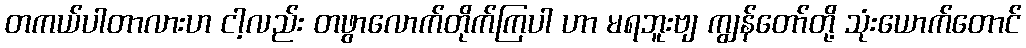
တကယ်ပါတာလားဟ ငါ့လည်း တဖွာလောက်တိုက်ကြပါ ဟာ မရဘူးဗျ ကျွန်တော်တို့ သုံးယောက်တောင်